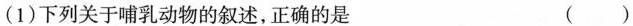
( 1 ) 下列关于哺乳动物的叙述，正确的是 ( )